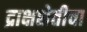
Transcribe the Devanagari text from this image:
द्राक्षशेतीचा